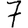
Digit: 7